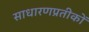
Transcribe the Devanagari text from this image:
साधारणप्रतीकों